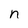
Character: n